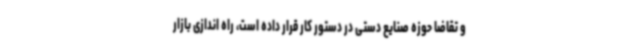
و تقاضا حوزه صنایع دستی در دستور کار قرار داده است، راه اندازی بازار